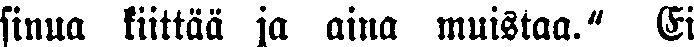
sinua kiittää ja aina muistaa." Ei